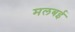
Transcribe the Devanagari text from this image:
मलबई